Annual report of the Civil Veterinary Department, Bengal, for the year 1897-98 - 1897-1898
Year: 1897
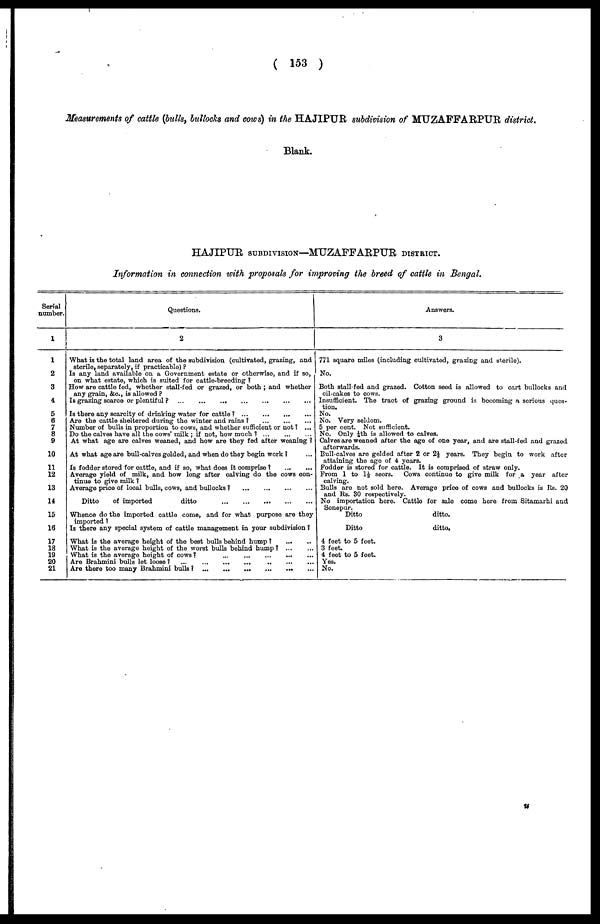
( 153 )
Measurements of cattle (bulls, bullocks and cows) in the HAJIPUR subdivision of MUZAFFARPUR district.
Blank.
HAJIPUR SUBDIVISION—MUZAFFARPUR DISTRICT.
Information in connection with proposals for improving the breed of cattle in Bengal.
Serial
number.
1
1
2
3
4
5
6
7
8
9
10
11
12
13
14
15
16
17
18
19
20
21
Questions.
2
What is the total land area of the subdivision (cultivated, grazing, and
sterile, separately, if practicable) ?
Is any land available on a Government estate or otherwise, and if so,
on what estate, which is suited for cattle-breeding ?
How are cattle fed, whether stall-fed or grazed, or both ; and whether
any grain, &c., is allowed ?
Is grazing scarce or plentiful ?
...
...
...
...
...
...
...
...
Is there any scarcity of drinking water for cattle ?
...
...
...
...
Are the cattle sheltered during the winter and rains ? ... ... ... ...
Number of bulls in proportion to cows, and whether sufficient or not ? ...
Do the calves have all the cows' milk ; if not, how much ?
...
...
...
At what age are calves weaned, and how are they fed after weaning ?
At what age are bull-calves gelded, and when do they begin work 1
Is fodder stored for cattle, and if so, what does it comprise ?
...
...
Average yield of milk, and how long after calving do the cows con-
tinue to give milk ?
Average price of local bulls, cows, and bullocks ?
...
...
...
...
Ditto
of imported
ditto
...
...
...
...
...
...
Whence do the imported cattle come, and for what purpose are they
imported ?
Is there any special system of cattle management in your subdivision ?
What is the average height of the best bulls behind hump ?
...
...
What is the average height of the worst bulls behind hump?
...
...
What is the average height of cows? ... ... ... ... ... ... ...
Are Brahmini bulls let loose ? ...
...
...
...
...
...
...
Are there too many Brahmini bulls ?
...
...
...
...
...
...
Answers.
3
771 square miles (including cultivated, grazing and sterile).
No.
Both stall-fed and grazed. Cotton seed is allowed to cart bullocks and
oil-cakes to cows.
Insufficient. The tract of grazing ground is becoming a serious ques-
tion. No.
No. Very seldom.
5 per cent. Not sufficient.
No. Only ¼th is allowed to calves.
Calves are weaned after the age of one year, and are stall-fed and grazed
afterwards.
Bull-calves are gelded after 2 or 2½ years. They begin to work after
attaining the age of 4 years.
Fodder is stored for cattle. It is comprised of straw only.
From 1 to 1½ seers. Cows continue to give milk for a year after
calving.
Bulls are not sold here. Average price of cows and bullocks is Rs. 20
and Rs. 30 respectively.
No importation here. Cattle for sale come here from Sitamarhi and
Sonepur.
Ditto
ditto.
Ditto
ditto.
4 feet to 5 feet.
3 feet.
4 feet to 5 feet.
Yes.
No.